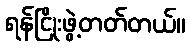
ရန်ငြိုးဖွဲ့တတ်တယ်။